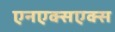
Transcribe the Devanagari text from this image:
एनएक्सएक्स